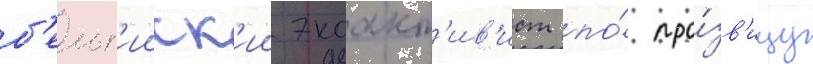
б'ельг'ииск'ии экоакт'ив'ист по́ про́зв'ищу